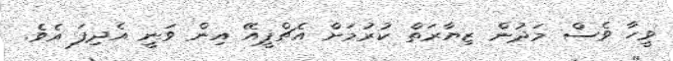
ވީހާ ވެސް މަދުން ޒިޔާރަތް ކުރުމަށް އެޗްޕީއޭ އިން ވަނީ އެދިފަ އެވެ.